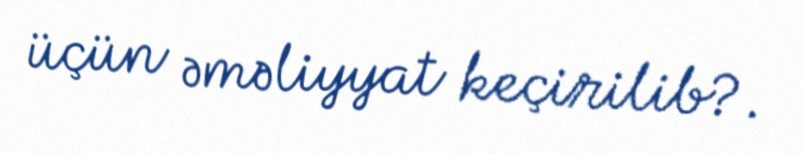
üçün əməliyyat keçirilib?.